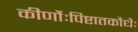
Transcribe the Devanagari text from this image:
कीर्णौःपिष्टातकौधैः